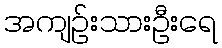
အကျဉ်းသားဦးရေ